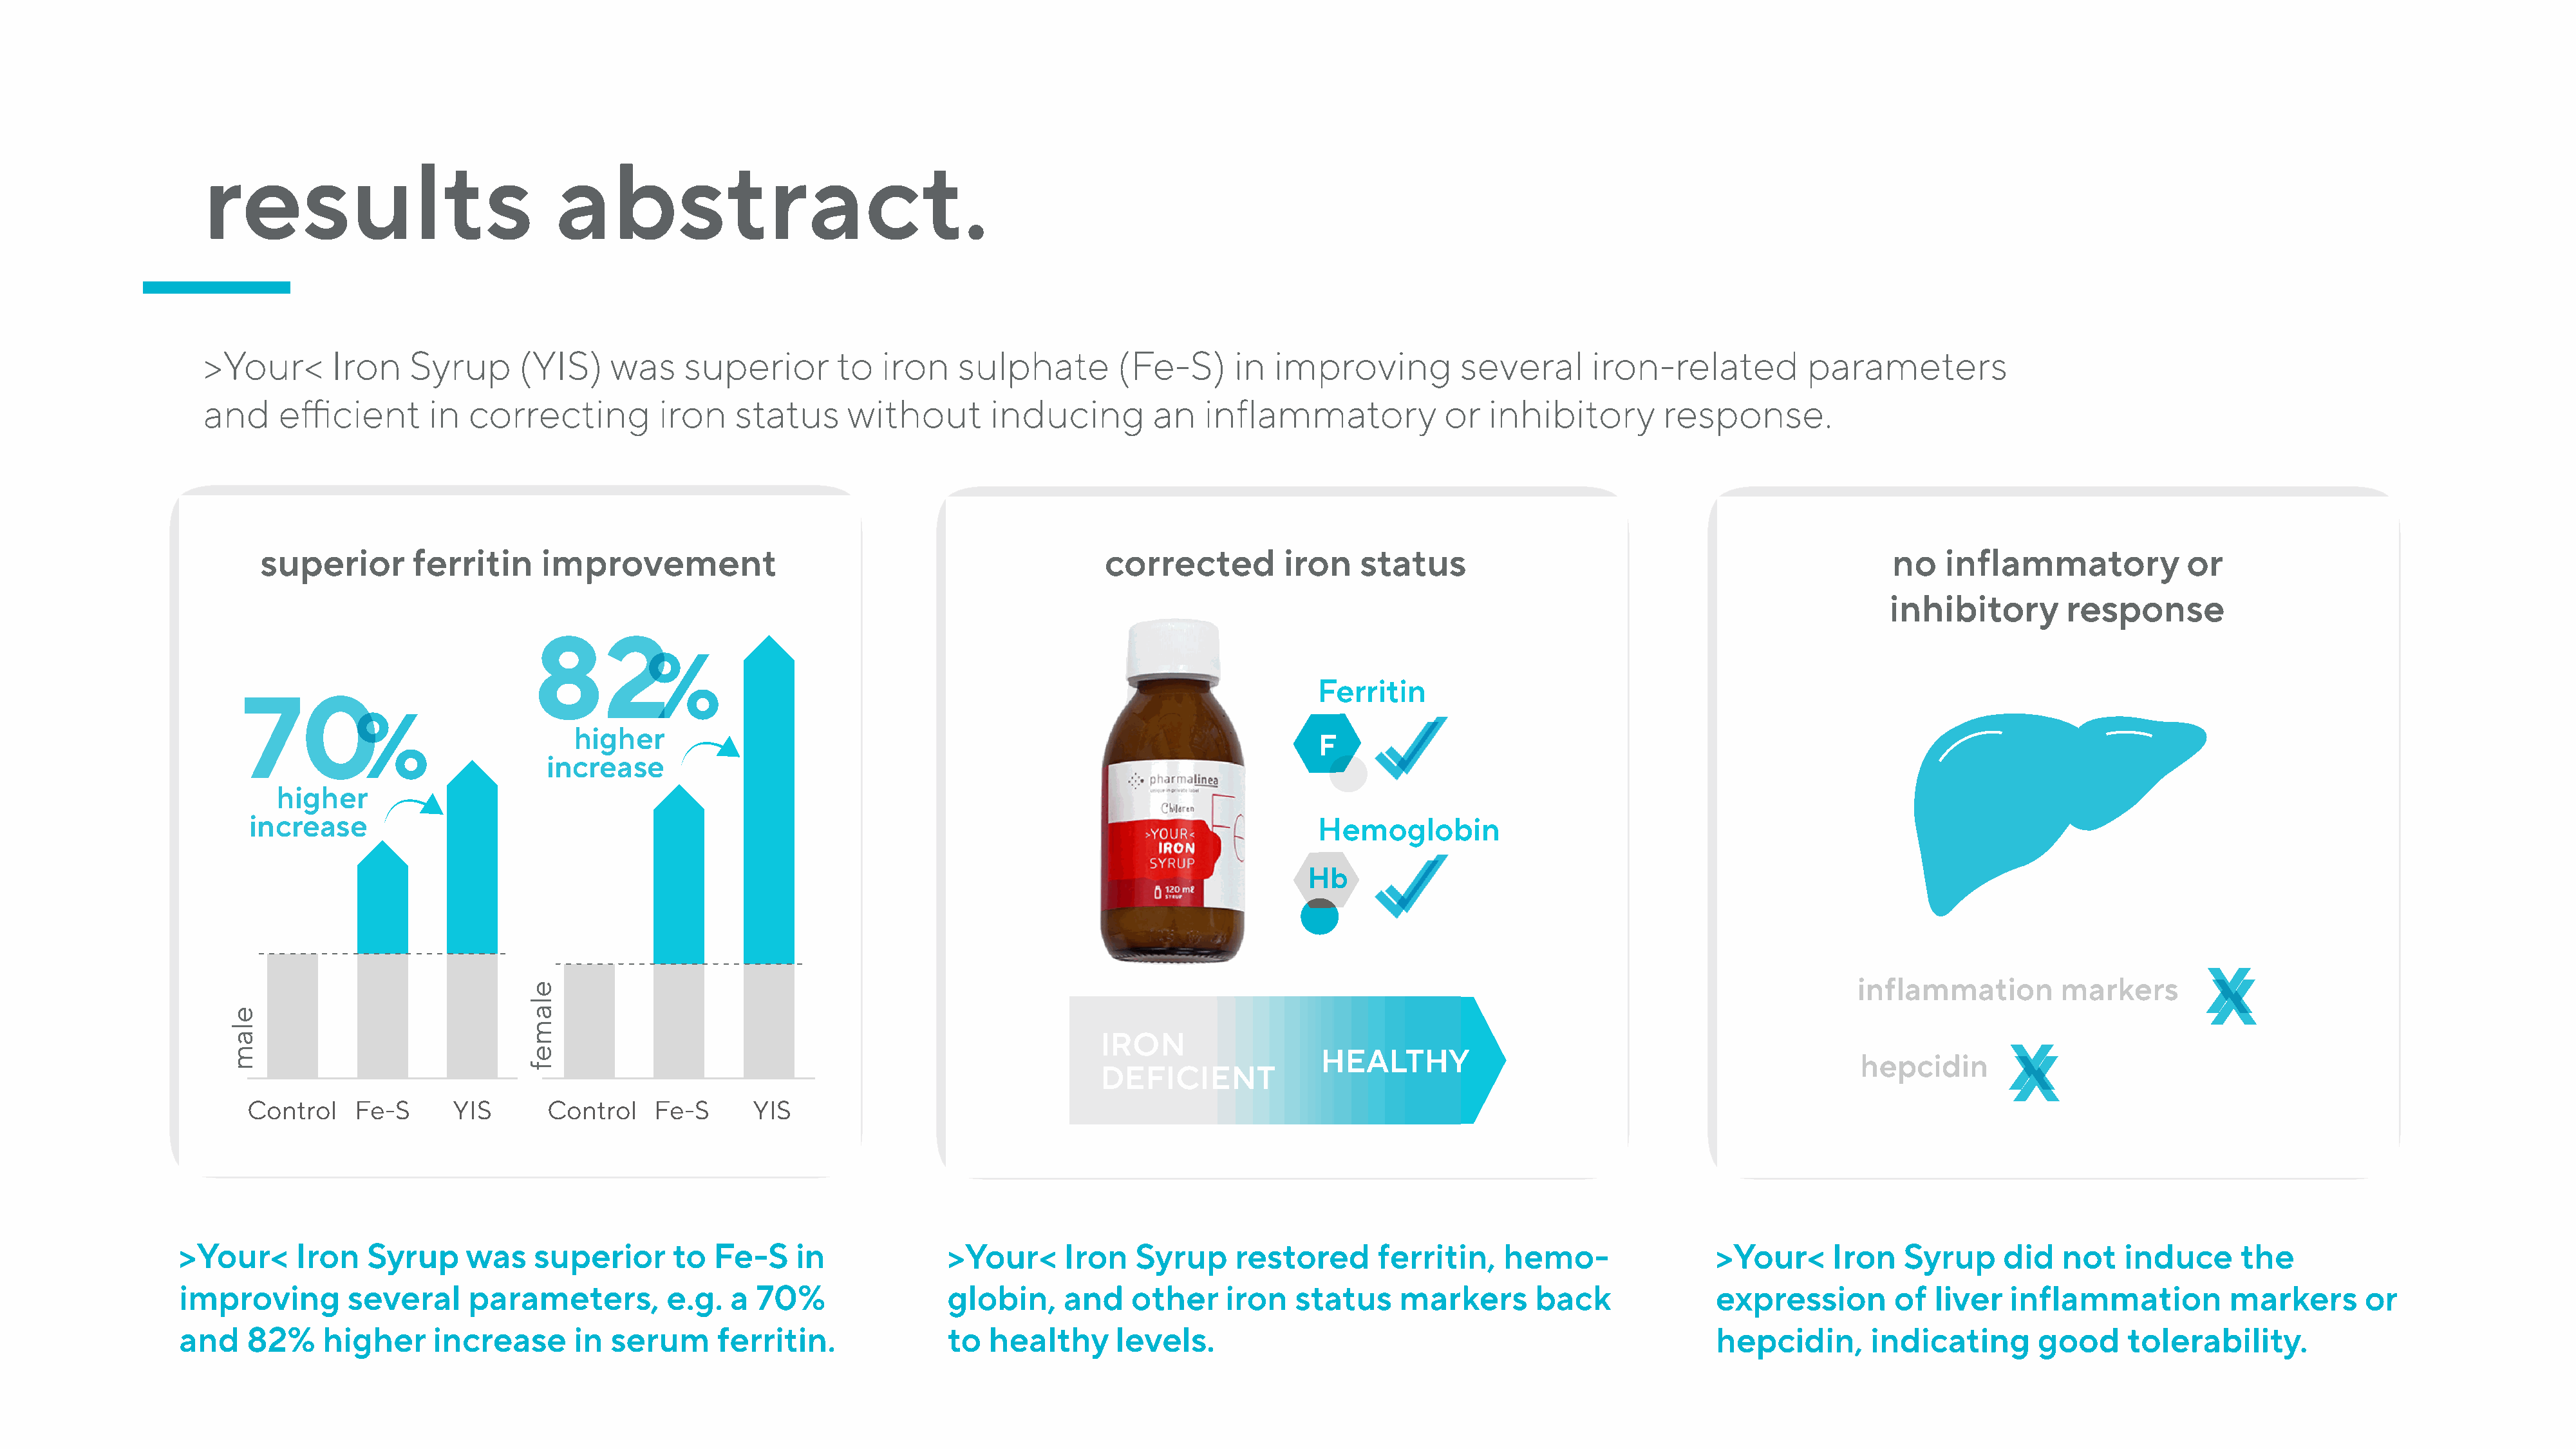
results                             abstract.
 >Your<       Iron    Syrup      (YIS)     was    superior        to   iron   sulphate         (Fe-S)      in  improving          several       iron-related          parameters
 and     efficient      in  correcting          iron    status     without        inducing         an   inflammatory            or   inhibitory        response.
 superior       ferritin      improvement                                               corrected         iron    status                                                no    inflammatory             or
 inhibitory        response
 82
 %
 Ferritin
 70
 %
 higher
 F
 increase
 higher
 increase                                                                                                     Hemoglobin
 Hb
 x
 x
 inflammation         markers
 x
 IRON                                                                                          x
 HEALTHY
 hepcidin
 DEFICIENT
 CoCnotrnotlroFleF-Se-S YISYISCoCnotrnotlroFleF-Se-S YISYIS
 >Your<      Iron    Syrup     was    superior      to  Fe-S     in             >Your<      Iron    Syrup     restored       ferritin,    hemo-                >Your<      Iron    Syrup     did   not   induce      the
 improving         several     parameters,          e.g.  a  70%                globin,     and    other     iron   status     markers       back              expression         of  liver   inflammation          markers       or
 and    82%     higher      increase      in  serum      ferritin.              to   healthy      levels.                                                      hepcidin,       indicating       good      tolerability.
 elam
 elamef